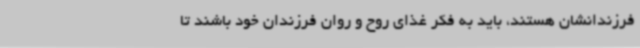
فرزندانشان هستند، باید به فکر غذای روح و روان فرزندان خود باشند تا